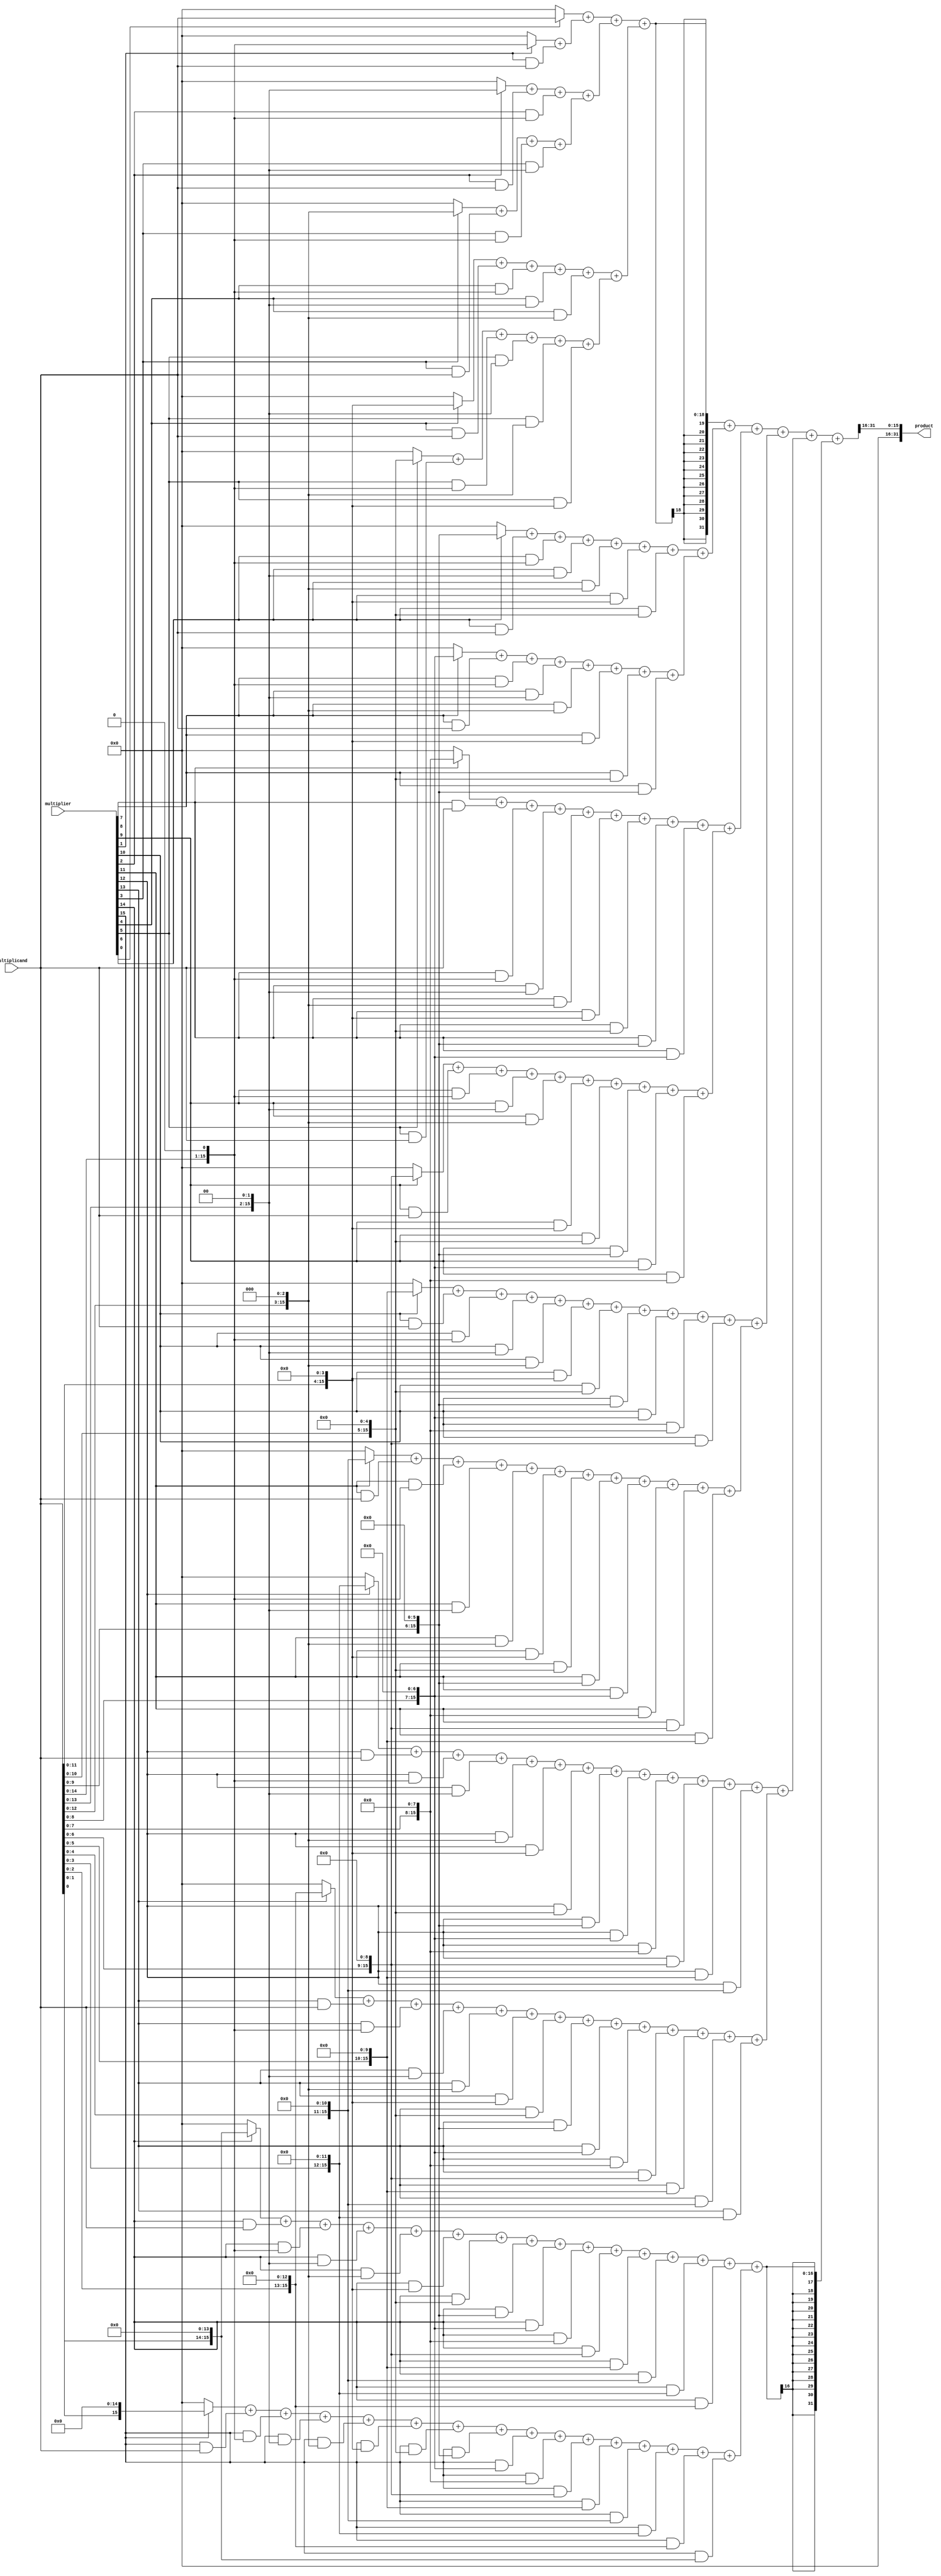
module Baugh_Wooley_Multiplier (
    input signed [15:0] multiplicand,
    input signed [15:0] multiplier,
    output signed [31:0] product
);

wire signed [15:0] partial_products [15:0];
wire signed [31:0] reduced_product;

// Partial Product Generation Stage
genvar i, j;
generate
    for (i = 0; i < 16; i = i + 1) begin
        assign partial_products[i] = multiplier[i] ? (multiplicand << i) : (16'b0);
        for (j = 0; j < i; j = j + 1) begin
            assign partial_products[i] = partial_products[i] + (multiplier[i] & multiplicand << j);
        end
    end
endgenerate

// Reduction Stage (Using Wallace Tree)
wire signed [63:0] wallace_tree [7:0];
genvar k;
generate
    for (k = 0; k < 8; k = k + 1) begin
        assign wallace_tree[k] = partial_products[k*2] + partial_products[k*2 + 1];
    end
endgenerate

// Final Output (Sign Extension, Shifting, and Adding)
assign reduced_product = wallace_tree[0] + wallace_tree[1] + wallace_tree[2] + wallace_tree[3] + wallace_tree[4] + wallace_tree[5] + wallace_tree[6] + wallace_tree[7];
assign product = reduced_product >> 16;

endmodule